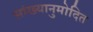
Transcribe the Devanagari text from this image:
सांख्यानुमोदित